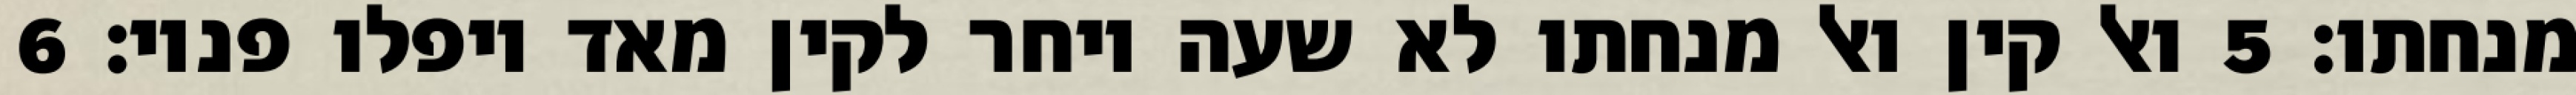
מנחתו׃ ‎5‏ ואל קין ואל מנחתו לא שעה ויחר לקין מאד ויפלו פניו׃ ‎6‏